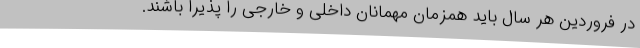
در فروردین هر سال باید همزمان مهمانان داخلی و خارجی را پذیرا باشند.